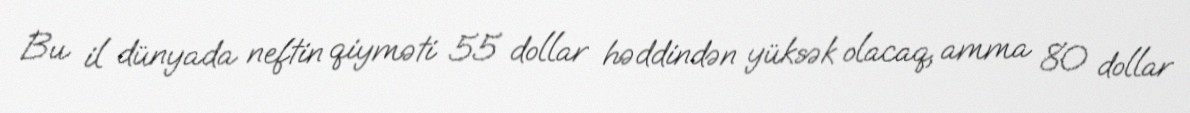
Bu il dünyada neftin qiyməti 55 dollar həddindən yüksək olacaq, amma 80 dollar